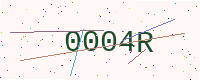
Text: 0004R